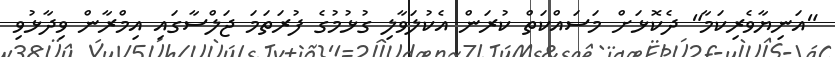
"އަނިޔާވެރިކަމާ" ދެކޮޅަށް މަސައްކަތް ކުރަން އެކުލަވާލި ގުޅުމުގެ ފުރަތަމަ ޖަލްސާގައި އިމްރާން ވިދާޅުވި